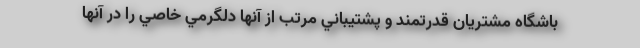
باشگاه مشتريان قدرتمند و پشتيباني مرتب از آنها دلگرمي خاصي را در آنها